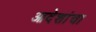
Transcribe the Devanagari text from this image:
आदेशांचा